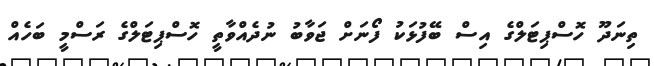
ތިނަދޫ ހޮސްޕިޓަލްގެ އިސް ބޭފުޅަކު ފޯނަށް ޖަވާބު ނުދެއްވާތީ ހޮސްޕިޓަލްގެ ރަސްމީ ބަހެއް